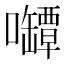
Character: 𰉊